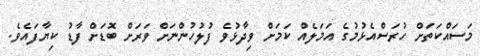
މަސައްކަތަށް ހުރަސްއެޅުމުގެ އަމަލެއް ކަމަށް ވިދާޅުވެ ފުލުހުންނަށް ވަރަށް ބޮޑަށް ފާޑު ކިޔާފައެވެ.